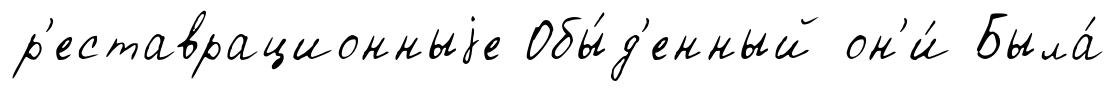
р'еставрационныjе Обы́д'енный он'и́ Была́